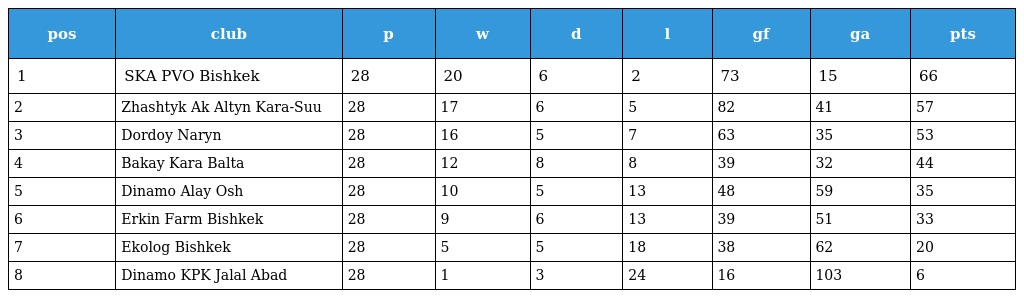
| pos | club | p | w | d | l | gf | ga | pts |
 | --- | --- | --- | --- | --- | --- | --- | --- | --- |
 | 1 | SKA PVO Bishkek | 28 | 20 | 6 | 2 | 73 | 15 | 66 |
 | 2 | Zhashtyk Ak Altyn Kara-Suu | 28 | 17 | 6 | 5 | 82 | 41 | 57 |
 | 3 | Dordoy Naryn | 28 | 16 | 5 | 7 | 63 | 35 | 53 |
 | 4 | Bakay Kara Balta | 28 | 12 | 8 | 8 | 39 | 32 | 44 |
 | 5 | Dinamo Alay Osh | 28 | 10 | 5 | 13 | 48 | 59 | 35 |
 | 6 | Erkin Farm Bishkek | 28 | 9 | 6 | 13 | 39 | 51 | 33 |
 | 7 | Ekolog Bishkek | 28 | 5 | 5 | 18 | 38 | 62 | 20 |
 | 8 | Dinamo KPK Jalal Abad | 28 | 1 | 3 | 24 | 16 | 103 | 6 |